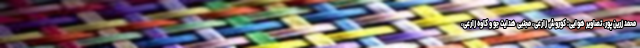
محمد زرین پور، تصاویر هوایی: کوروش زارعی، مجتبی هدایت جو و کاوه زارعی،